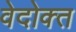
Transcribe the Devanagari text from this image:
वेदोक्‍त